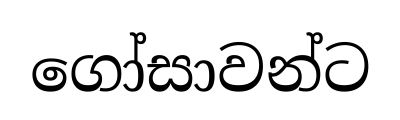
ගෝසාවන්ට